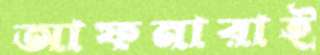
আফনারাই